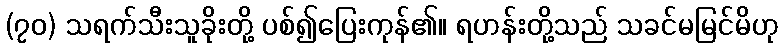
(၇၀) သရက်သီးသူခိုးတို့ ပစ်၍ပြေးကုန်၏။ ရဟန်းတို့သည် သခင်မမြင်မိဟု